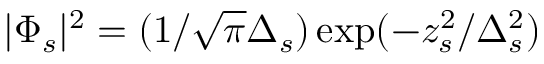
| \Phi _ { s } | ^ { 2 } = ( 1 / \sqrt { \pi } \Delta _ { s } ) \exp ( - z _ { s } ^ { 2 } / \Delta _ { s } ^ { 2 } )